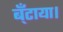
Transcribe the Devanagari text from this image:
ब्ँटाया।